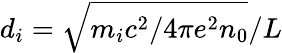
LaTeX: d_{i}=\sqrt{m_{i}c^{2}/{4\pi e^{2}n_{0}}}/L